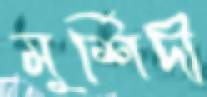
মুর্শিদী